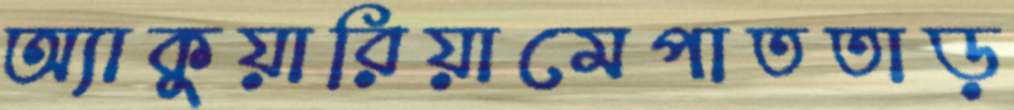
অ্যাকুয়ারিয়ামেপাততাড়